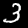
Label: 3